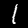
Digit: 1